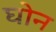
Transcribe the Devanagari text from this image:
घोन